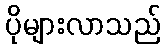
ပိုများလာသည်